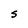
Character: S